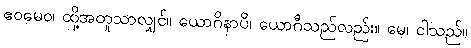
ဧဝမေဝ၊ ထို့အတူသာလျှင်။ ယောဂိနာပိ၊ ယောဂီသည်လည်း။ မေ၊ ငါသည်။